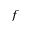
\boldsymbol { f }